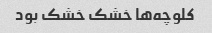
کلوچه‌ها خشک خشک بود